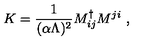
K = { \frac { 1 } { ( \alpha \Lambda ) ^ { 2 } } } M _ { i j } ^ { \dag } M ^ { j i } \ ,